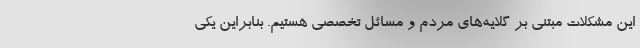
این مشکلات مبتنی بر گلایه‌های مردم و مسائل تخصصی هستیم. بنابراین یکی